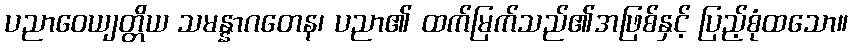
ပညာဝေယျတ္တိယ သမန္နာဂတေန၊ ပညာ၏ ထက်မြက်သည်၏အဖြစ်နှင့် ပြည့်စုံထသော။